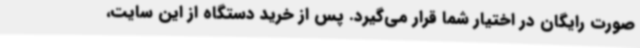
صورت رایگان در اختیار شما قرار می‌گیرد. پس از خرید دستگاه از این سایت،